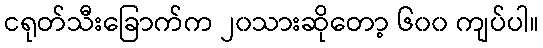
ငရုတ်သီးခြောက်က ၂၀သားဆိုတော့ ၆၀၀ ကျပ်ပါ။